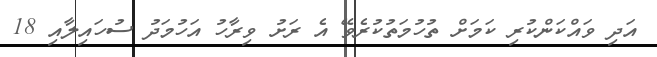
އަދި ވައްކަންކުރި ކަމަށް ތުހުމަތުކުރެވޭ އެ ރަށު ވިރާހު އަހުމަދު ސުހައިލާއި 18